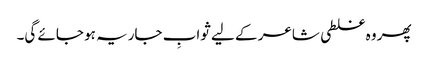
پھر وہ غلطی شاعر کے لیے ثوابِ جاریہ ہو جائے گی۔